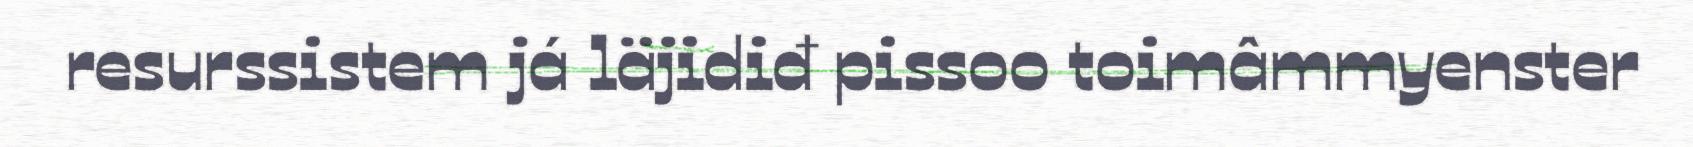
resurssistem já läjidiđ pissoo toimâmmyenster